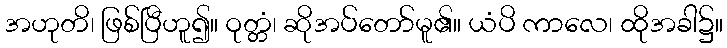
အဟုတိ၊ ဖြစ်ပြီဟူ၍။ ဝုတ္တံ၊ ဆိုအပ်တော်မူ၏။ ယံပိ ကာလေ၊ ထိုအခါ၌။